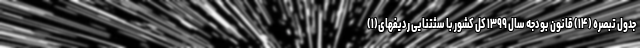
جدول تبصره (۱۴) قانون بودجه سال ۱۳۹۹ کل کشور با سثتنایی ردیفهای(۱)